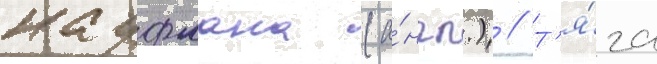
кауфмана (а́нгл.) // Т'я́га